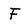
Character: F